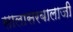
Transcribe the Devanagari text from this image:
सालासरबालाजी